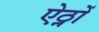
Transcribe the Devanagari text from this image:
ऐठ्नों